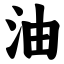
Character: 油